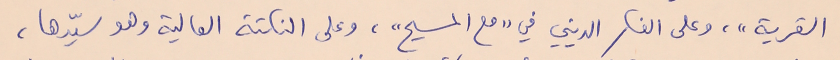
القرية"، وعلى الفكر الديني في "مع المسيح"، وعلى النكتة العالية وهو سيّدها،